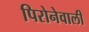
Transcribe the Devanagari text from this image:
पिरोनेवाली